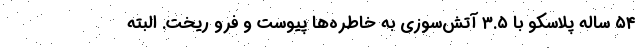
۵۴ ساله پلاسکو با ۳.۵ آتش‌سوزی به خاطره‌ها پیوست و فرو ریخت. البته